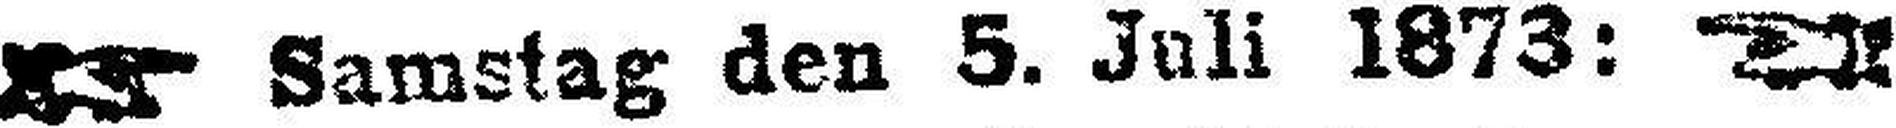
Samstag den 5. Juli 1873: